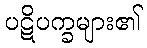
ပဋိပက္ခများ၏